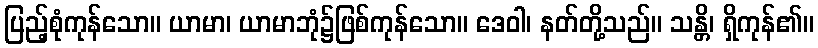
ပြည့်စုံကုန်သော။ ယာမာ၊ ယာမာဘုံ၌ဖြစ်ကုန်သော။ ဒေဝါ၊ နတ်တို့သည်။ သန္တိ၊ ရှိကုန်၏။